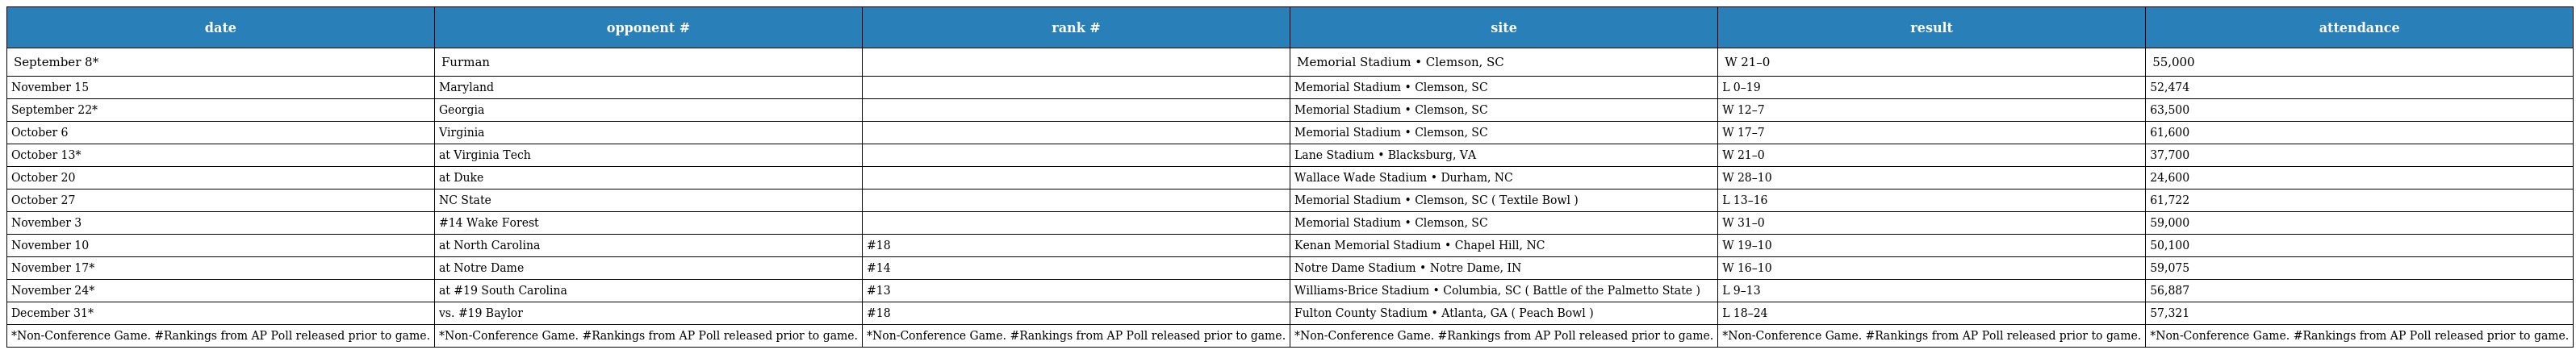
| date | opponent # | rank # | site | result | attendance |
 | --- | --- | --- | --- | --- | --- |
 | September 8* | Furman |  | Memorial Stadium • Clemson, SC | W 21–0 | 55,000 |
 | November 15 | Maryland |  | Memorial Stadium • Clemson, SC | L 0–19 | 52,474 |
 | September 22* | Georgia |  | Memorial Stadium • Clemson, SC | W 12–7 | 63,500 |
 | October 6 | Virginia |  | Memorial Stadium • Clemson, SC | W 17–7 | 61,600 |
 | October 13* | at Virginia Tech |  | Lane Stadium • Blacksburg, VA | W 21–0 | 37,700 |
 | October 20 | at Duke |  | Wallace Wade Stadium • Durham, NC | W 28–10 | 24,600 |
 | October 27 | NC State |  | Memorial Stadium • Clemson, SC ( Textile Bowl ) | L 13–16 | 61,722 |
 | November 3 | #14 Wake Forest |  | Memorial Stadium • Clemson, SC | W 31–0 | 59,000 |
 | November 10 | at North Carolina | #18 | Kenan Memorial Stadium • Chapel Hill, NC | W 19–10 | 50,100 |
 | November 17* | at Notre Dame | #14 | Notre Dame Stadium • Notre Dame, IN | W 16–10 | 59,075 |
 | November 24* | at #19 South Carolina | #13 | Williams-Brice Stadium • Columbia, SC ( Battle of the Palmetto State ) | L 9–13 | 56,887 |
 | December 31* | vs. #19 Baylor | #18 | Fulton County Stadium • Atlanta, GA ( Peach Bowl ) | L 18–24 | 57,321 |
 | *Non-Conference Game. #Rankings from AP Poll released prior to game. | *Non-Conference Game. #Rankings from AP Poll released prior to game. | *Non-Conference Game. #Rankings from AP Poll released prior to game. | *Non-Conference Game. #Rankings from AP Poll released prior to game. | *Non-Conference Game. #Rankings from AP Poll released prior to game. | *Non-Conference Game. #Rankings from AP Poll released prior to game. |